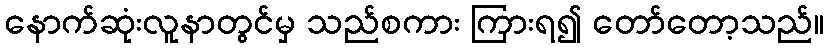
နောက်ဆုံးလူနာတွင်မှ သည်စကား ကြားရ၍ တော်တော့သည်။